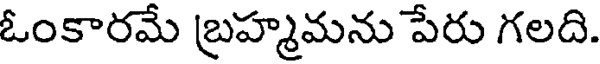
ఓంకారమే బ్రహ్మమను పేరు గలది.